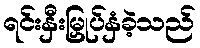
ရင်းနှီးမြှုပ်နှံခဲ့သည်